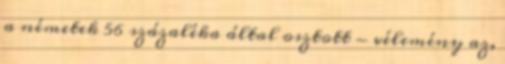
a németek 56 százaléka által osztott - vélemény az,